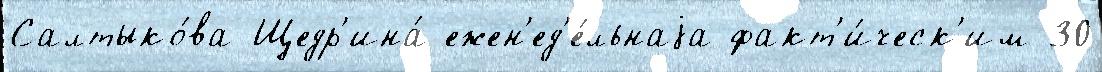
Салтыко́ва-Щедр'ина́ ежен'ед'е́льнаjа факт'и́ческ'им 30